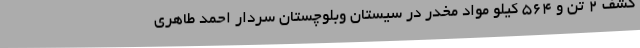
کشف 2 تن و 564 کیلو مواد مخدر در سیستان وبلوچستان سردار احمد طاهری